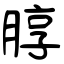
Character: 朜